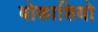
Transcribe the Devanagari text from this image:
बोकाशियो